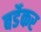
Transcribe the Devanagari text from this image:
बर्डेकर